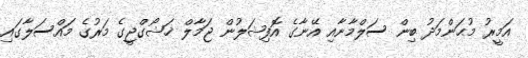
އަމީރު މުޙަންމަދު ބިން ސަލްމާނާއި އޭނާގެ އޮފިޝަލުން ޖަމާލް ޚަޝޯގްޖީގެ މަރުގެ މައްސަލާގައި